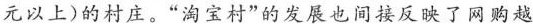
元以上)的村庄。”淘宝村”的发展也间接反映了网购越